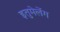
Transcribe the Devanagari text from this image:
इतुमेलेंग